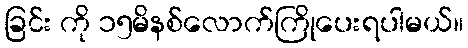
ခြင်း ကို ၁၅မိနစ်လောက်ကြိုပေးရပါမယ်။